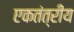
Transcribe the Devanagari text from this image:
एकतंत्रीय